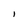
Character: l